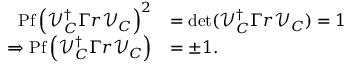
\begin{array} { r l } { \mathrm { P f } \left( \mathcal { V } _ { C } ^ { \dagger } \Gamma r \mathcal { V } _ { C } \right) ^ { 2 } } & { = \operatorname* { d e t } ( \mathcal { V } _ { C } ^ { \dagger } \Gamma r \mathcal { V } _ { C } ) = 1 } \\ { \Rightarrow \mathrm { P f } \left( \mathcal { V } _ { C } ^ { \dagger } \Gamma r \mathcal { V } _ { C } \right) } & { = \pm 1 . } \end{array}